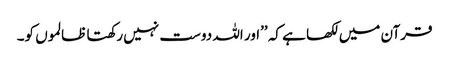
قرآن میں لکھا ہے کہ ’’اور اللہ دوست نہیں رکھتا ظالموں کو۔